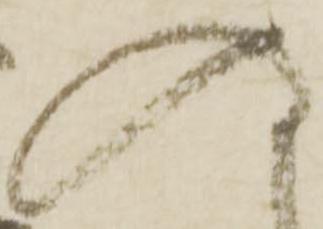
入